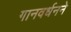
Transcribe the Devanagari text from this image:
गानवर्धनने